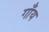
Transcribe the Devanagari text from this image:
गाँय